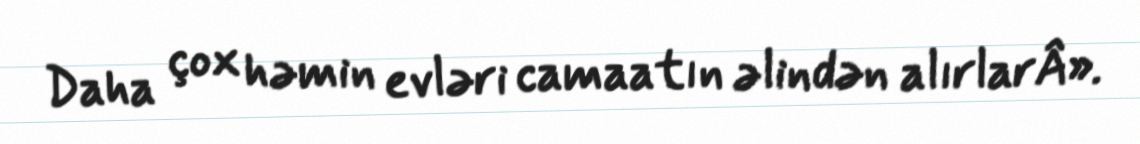
Daha çox həmin evləri camaatın əlindən alırlarÂ».